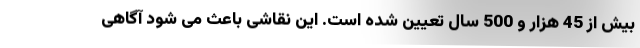
بیش از 45 هزار و 500 سال تعیین شده است. این نقاشی باعث می شود آگاهی